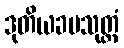
ဒုတိယခမသုတ္တံ